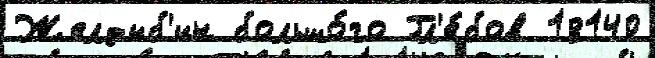
Желдыб'ин большо́го Гл'е́бов 18140